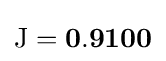
\mathrm {J} =\mathbf {0.9100}